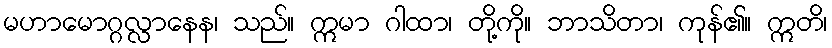
မဟာမောဂ္ဂလ္လာနေန၊ သည်။ ဣမာ ဂါထာ၊ တို့ကို။ ဘာသိတာ၊ ကုန်၏။ ဣတိ၊